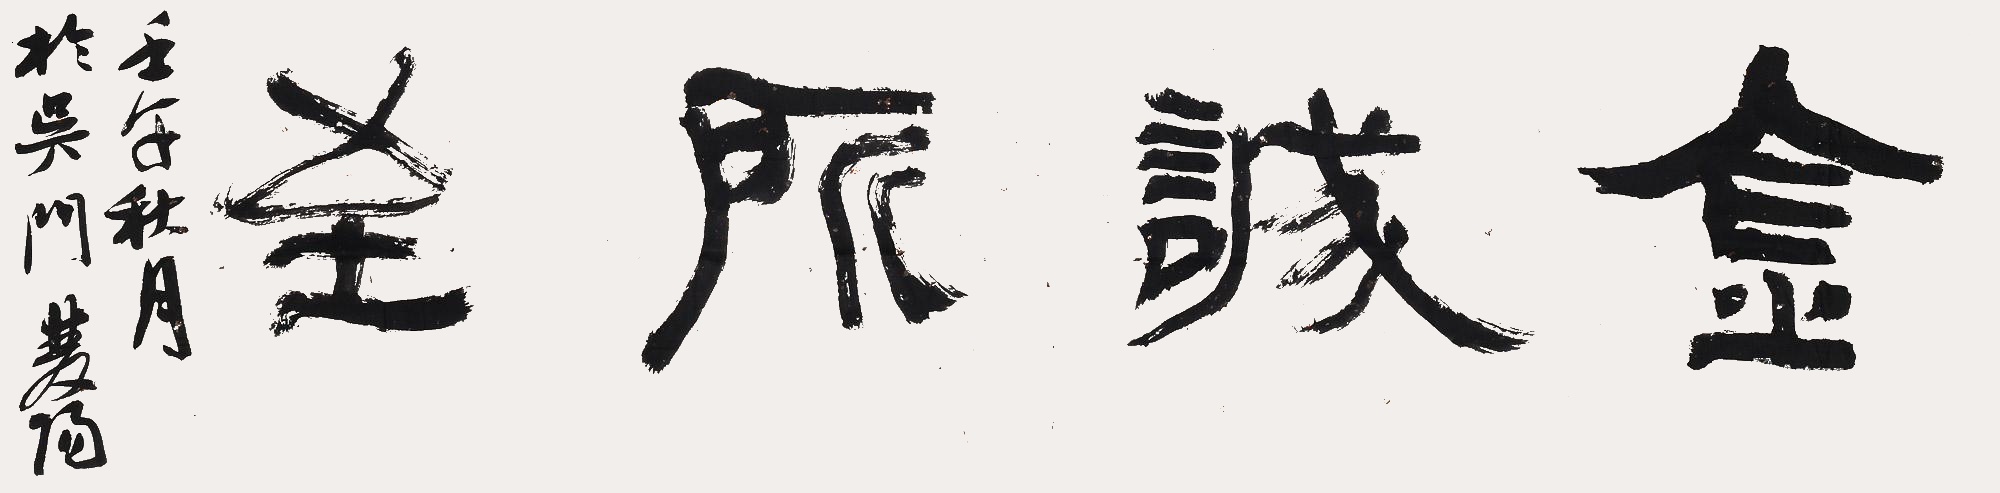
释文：金诚所至壬午秋月于吴门，双阳。